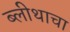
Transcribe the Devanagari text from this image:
ब्लीथाचा